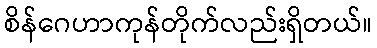
စိန်ဂေဟာကုန်တိုက်လည်းရှိတယ်။